Report of the Indian Hemp Drugs Commission, 1894-1895 - Volume IV
Year: 1894
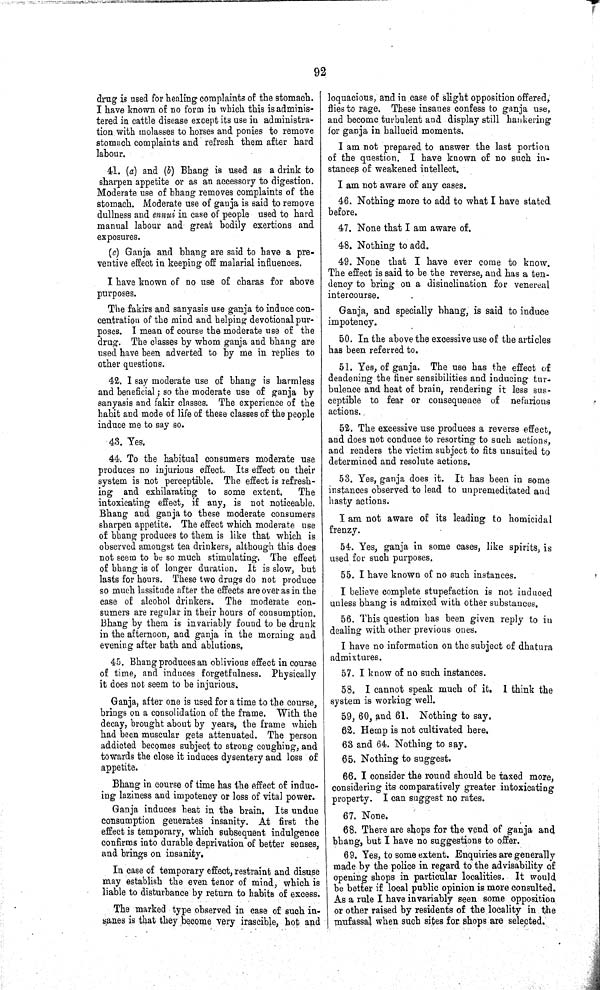
92
drug is used for healing complaints of the stomach.
I have known of no form in which this is adminis¬
tered in cattle disease except its use in administra¬
tion with molasses to horses and ponies to remove
stomach complaints and refresh them after hard
labour.
41. (a) and (b) Bhang is used as a drink to
sharpen appetite or as an accessory to digestion.
Moderate use of bhang removes complaints of the
stomach. Moderate use of ganja is said to remove
dullness and ennui in case of people used to hard
manual labour and great bodily exertions and
exposures.
(c) Ganja and bhang are said to have a pre¬
ventive effect in keeping off malarial influences.
I have known of no use of charas for above
purposes.
The fakirs and sanyasis use ganja to induce con¬
centration of the mind and helping devotional pur¬
poses. I mean of course the moderate use of the
drug. The classes by whom ganja and bhang are
used have been adverted to by me in replies to
other questions.
42. I say moderate use of bhang is harmless
and beneficial; so the moderate use of ganja by
sanyasis and fakir classes. The experience of the
habit and mode of life of these classes of the people
induce me to say so.
43. Yes.
44. To the habitual consumers moderate use
produces no injurious effect. Its effect on their
system is not perceptible. The effect is refresh¬
ing and exhilarating to some extent.
The
intoxicating effect, if any, is not noticeable.
Bhang and ganja to these moderate consumers
sharpen appetite. The effect which moderate use
of bhang produces to them is like that which is
observed amongst tea drinkers, although this does
not seem to be so much stimulating. The effect
of bhang is of longer duration. It is slow, but
lasts for hours. These two drugs do not produce
so much lassitude after the effects are over as in the
case of alcohol drinkers. The moderate con¬
sumers are regular in their hours of consumption.
Bhang by them is invariably found to be drunk
in the afternoon, and ganja in the morning and
evening after bath and ablutions.
45. Bhang produces an oblivious effect in course
of time, and induces forgetfulness. Physically
it does not seem to be injurious.
Ganja, after one is used for a time to the course,
brings on a consolidation of the frame. With the
decay, brought about by years, the frame which
had been muscular gets attenuated. The person
addicted becomes subject to strong coughing, and
towards the close it induces dysentery and loss of
appetite.
Bhang in course of time has the effect of induc¬
ing laziness and impotency or loss of vital power.
Ganja induces heat in the brain. Its undue
consumption generates insanity. At first the
effect is temporary, which subsequent indulgence
confirms into durable deprivation of better senses,
and brings on insanity.
In case of temporary effect, restraint and disuse
may establish the even tenor of mind, which is
liable to disturbance by return to habits of excess.
The marked type observed in case of such in-
sanes is that they become very irascible, hot and
loquacious, and in case of slight opposition offered,
flies to rage. These insanes confess to ganja use,
and become turbulent and display still hankering
for ganja in hallucid moments.
I am not prepared to answer the last portion
of the question. I have known of no such in¬
stances of weakened intellect.
I am not aware of any cases.
46. Nothing more to add to what I have stated
before.
47. None that I am aware of.
48. Nothing to add.
49. None that I have ever come to know.
The effect is said to be the reverse, and has a ten¬
dency to bring on a disinclination for venereal
intercourse.
Ganja, and specially bhang, is said to induce
impotency.
50. In the above the excessive use of the articles
has been referred to.
51. Yes, of ganja. The use has the effect of
deadening the finer sensibilities and inducing tur¬
bulence and heat of brain, rendering it less sus¬
ceptible to fear or consequence of nefarious
actions.
52. The excessive use produces a reverse effect,
and does not conduce to resorting to such actions,
and renders the victim subject to fits unsuited to
determined and resolute actions.
53. Yes, ganja does it. It has been in some
instances observed to lead to unpremeditated and
hasty actions.
I am not aware of its leading to homicidal
frenzy.
54. Yes, ganja in some cases, like spirits, is
used for such purposes.
55. I have known of no such instances.
I believe complete stupefaction is not induced
unless bhang is admixed with other substances.
56. This question has been given reply to in
dealing with other previous ones.
I have no information on the subject of dhatura
admixtures.
57. I know of no such instances.
58. I cannot speak much of it. I think the
system is working well.
59, 60, and 61. Nothing to say.
62. Hemp is not cultivated here.
63 and 64. Nothing to say.
65. Nothing to suggest.
66. I consider the round should be taxed more,
considering its comparatively greater intoxicating
property. I can suggest no rates.
67. None.
68. There are shops for the vend of ganja and
bhang, but I have no suggestions to offer.
69. Yes, to some extent. Enquiries are generally
made by the police in regard to the advisability of
opening shops in particular localities. It would
be better if local public opinion is more consulted.
As a rule I have invariably seen some opposition
or other raised by residents of the locality in the
mufassal when such sites for shops are selected.